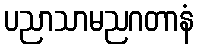
ပညာသာမညဂတာနံ